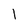
Character: 1